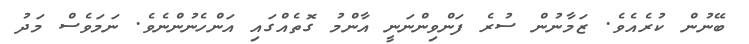
ބޭނުން ކުރެއެވެ. ޒަމާނުން ސުރެ ފަންވިންނަނީ އާންމު ގޮތެއްގައި އަންހެނުންނެވެ. ނަމަވެސް މަދު